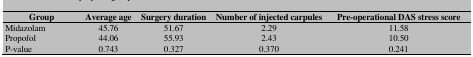
| Group | Average age | Surgery duration | Number of injectedcarpules | Pre-operational DAS stress score |
 | --- | --- | --- | --- | --- |
 | Midazolam | 45.76 | 51.67 | 2.29 | 11.58 |
 | Propofol | 44.06 | 55.93 | 2.43 | 10.50 |
 | P-value | 0.743 | 0.327 | 0.370 | 0.241 |